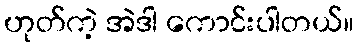
ဟုတ်ကဲ့ အဲဒါ ကောင်းပါတယ်။